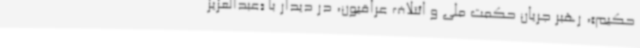
حکیم»، رهبر جریان حکمت ملی و ائتلاف عراقیون، در دیدار با «عبدالعزیز